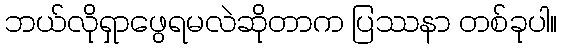
ဘယ်လိုရှာဖွေရမလဲဆိုတာက ပြဿနာ တစ်ခုပါ။